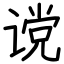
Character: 谠